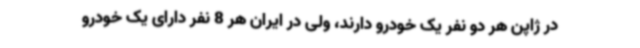
در ژاپن هر دو نفر یک خودرو دارند، ولی در ایران هر 8 نفر دارای یک خودرو